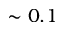
\sim 0 . 1